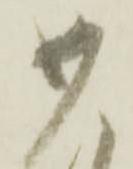
如